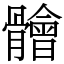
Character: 䯤